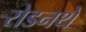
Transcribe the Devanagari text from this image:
रोडनथे